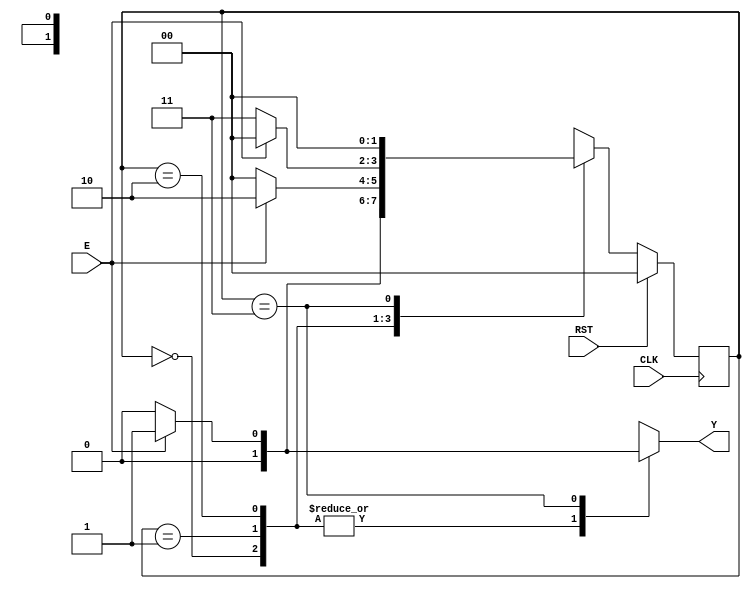
module FSM_C (CLK, E, RST, Y);
    input CLK, E, RST;
    output reg Y;

    reg[1:0] State = 0;
    reg[1:0] NextState = 0;

    parameter s0=2'd0, s1=2'd1, s2=2'd2, s3=2'd3;

    // Registro de estado de memoria
    always @(posedge CLK)
        begin
            if(RST)
                State<=s0;
            else
                State<=NextState;
        end
    
    // Logica combinacional de estado siguiente
    always @*
        begin
            case(State)
                s0: begin // Estado s0
                    if(E) NextState <= s1;
                    else NextState <= s0;
                end
                s1: begin // Estado s1
                    if(E) NextState <= s2;
                    else NextState <= s0;
                end
                s2: begin // Estado s2
                    if(!E) NextState <= s3;
                    else NextState <= s0;
                end
                s3: begin // Estado s3
                    if(E) NextState <= s0;
                    else NextState <= s0;
                end
                default: begin
                    NextState <= s0;
                end
            endcase
        end

    // Logica combinacional de salida
    always @*
        begin
            case(State)
                s0: begin // Estado s0
                    Y <= 1'b0;
                end
                s1: begin // Estado s1
                    Y <= 1'b0;
                end
                s2: begin // Estado s2
                    Y <= 1'b0;
                end
                s3: begin // Estado s3
                    if(E) Y <= 1'b1;
                    else Y <= 1'b0;
                end
                default begin
                    Y <= 1'bx;
                end
            endcase
        end
endmodule